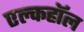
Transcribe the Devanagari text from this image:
एल्कहॉल